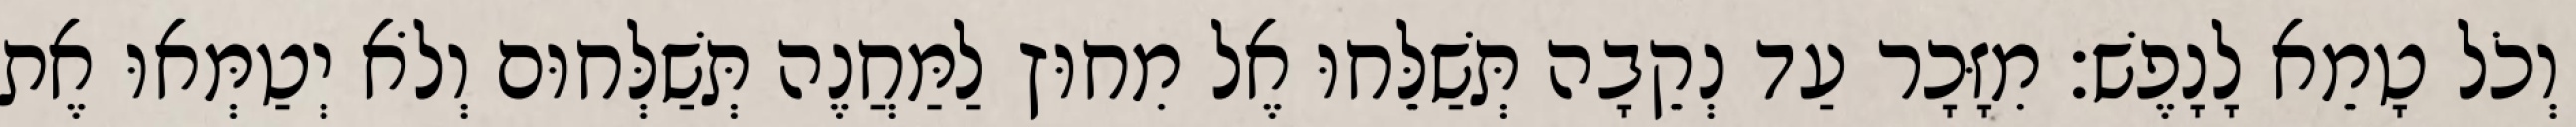
וְכֹל טָמֵא לָנָפֶשׁ׃ מִזָּכָר עַד נְקֵבָה תְּשַׁלֵּחוּ אֶל מִחוּץ לַמַּחֲנֶה תְּשַׁלְּחוּם וְלֹא יְטַמְּאוּ אֶת